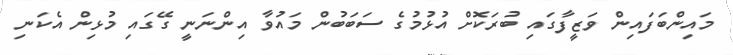
މައިންބަފައިން ވަޒީފާގައި ބުރަކޮށް އުޅުމުގެ ސަބަބުން މައުވާ އިންނަނީ ގޭގައި މުޅިން އެކަނި